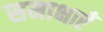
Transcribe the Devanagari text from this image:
समाक्षाएँ